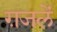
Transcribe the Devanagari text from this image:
ग़जलें